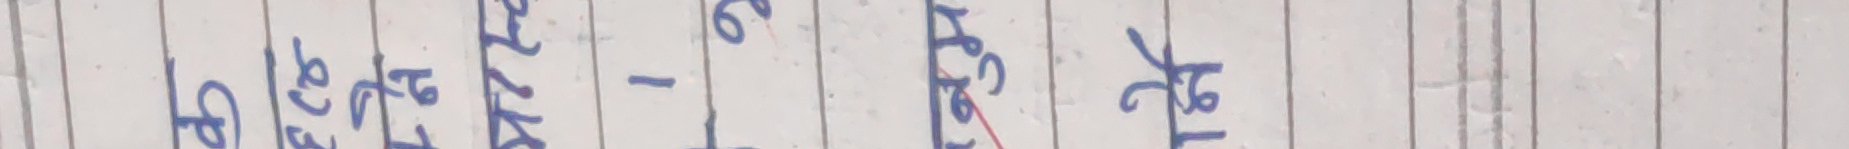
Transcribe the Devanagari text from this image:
बाँकी छैन। - १, केही छैन।